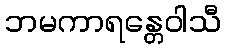
ဘမကာရန္တေဝါသီ